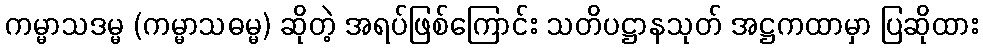
ကမ္မာသဒမ္မ (ကမ္မာသဓမ္မ) ဆိုတဲ့ အရပ်ဖြစ်ကြောင်း သတိပဋ္ဌာနသုတ် အဋ္ဌကထာမှာ ပြဆိုထား